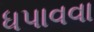
ધપાવવા